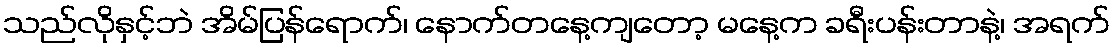
သည်လိုနှင့်ဘဲ အိမ်ပြန်ရောက်၊ နောက်တနေ့ကျတော့ မနေ့က ခရီးပန်းတာနဲ့၊ အရက်